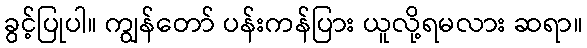
ခွင့်ပြုပါ။ ကျွန်တော် ပန်းကန်ပြား ယူလို့ရမလား ဆရာ။